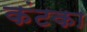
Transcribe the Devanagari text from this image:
कंटका